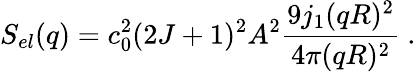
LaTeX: S_{el}(q)=c_{0}^{2}(2J+1)^{2}A^{2}\frac{9j_{1}(qR)^{2}}{4\pi(qR)^{2}}~.